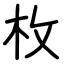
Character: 枚